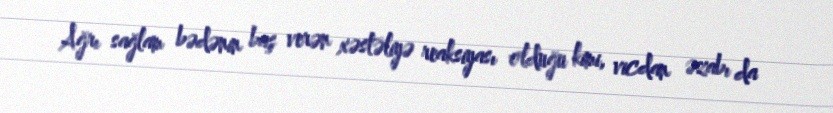
Ağrı sağlam bədənin baş verən xəstəliyə reaksiyası olduğu kimi, vicdan əzabı da